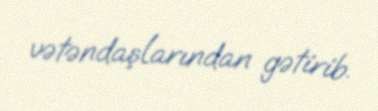
vətəndaşlarından gətirib.